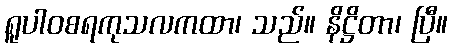
ရူပါဝစရကုသလကထာ၊ သည်။ နိဋ္ဌိတာ၊ ပြီ။